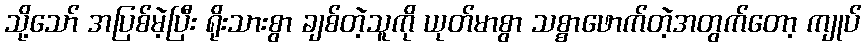
သို့သော် အပြစ်မဲ့ပြီး ရိုးသားစွာ ချစ်တဲ့သူကို ယုတ်မာစွာ သစ္စာဖောက်တဲ့အတွက်တော့ ကျုပ်